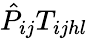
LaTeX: \hat{P}_{ij}T_{ijhl}